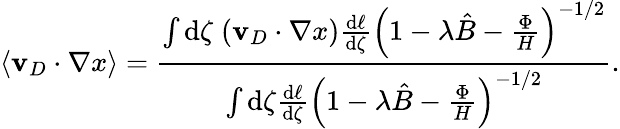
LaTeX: \langle\mathbf{v}_{D}\cdot\nabla x\rangle=\frac{\int\mathrm{d}\zeta\; (\mathbf{v}_{D}\cdot\nabla x)\frac{\mathrm{d}\ell}{\mathrm{d}\zeta}\left(1-\lambda\hat{B}-\frac{\Phi}{H}\right)^{-1/2}}{\int\mathrm{d}\zeta\frac{\mathrm{d}\ell}{\mathrm{d}\zeta}\left(1-\lambda\hat{B}-\frac{\Phi}{H}\right)^{-1/2}}.